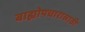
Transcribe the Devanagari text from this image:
बाह्योपचारासाठी